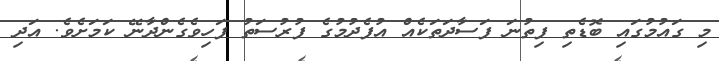
މި ގައުމުގައި ބޮޑެތި ފިތުނަ ފަސާދަތަކެއް އުފެދުމުގެ ފުރުސަތު ފަހިވެގެންދާނޭ ކަމަށެވެ. އަދި